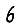
Digit: 6